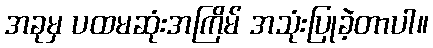
အခုမှ ပထမဆုံးအကြိမ် အသုံးပြုခဲ့တာပါ။